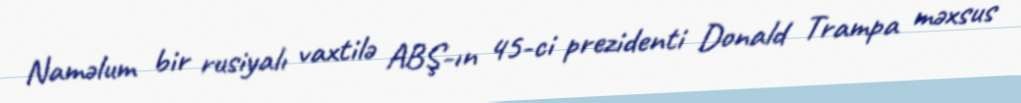
Naməlum bir rusiyalı vaxtilə ABŞ-ın 45-ci prezidenti Donald Trampa məxsus